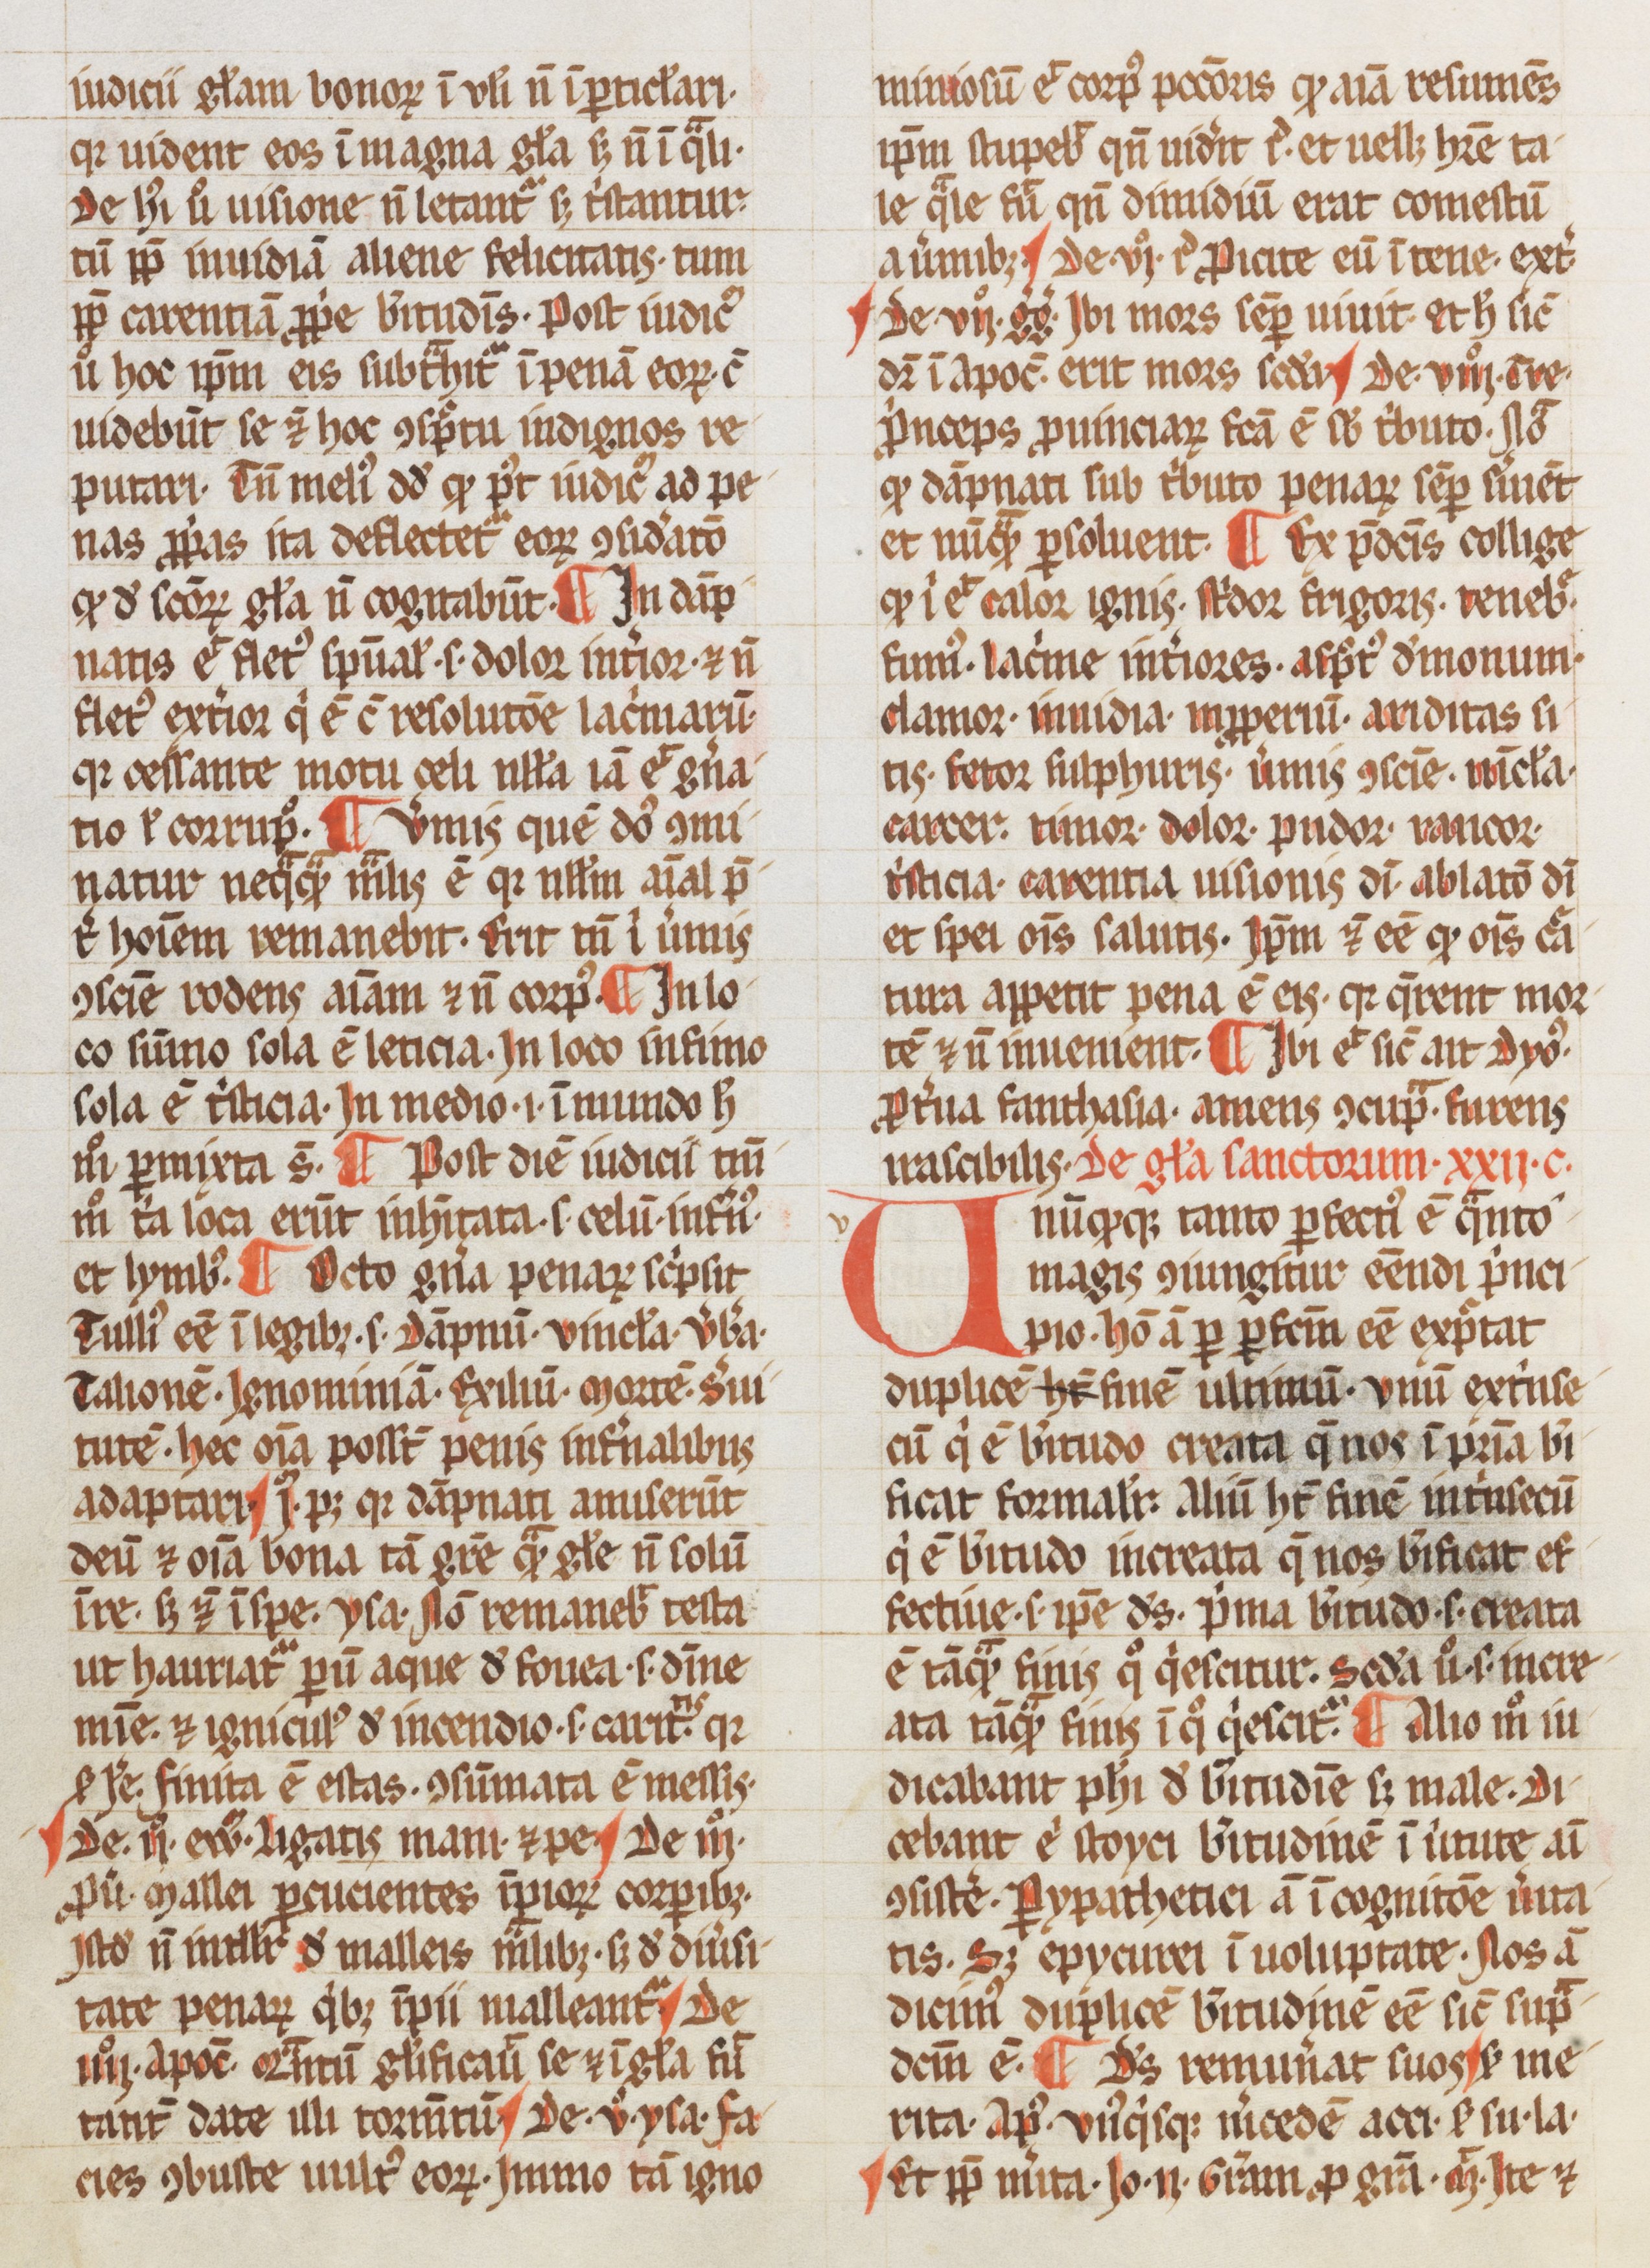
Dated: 1265–1285